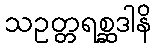
သဥတ္တရစ္ဆဒါနိ